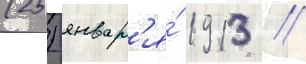
(25) январ'я́ 1913 /